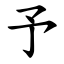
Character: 予